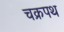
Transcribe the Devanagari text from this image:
चक्रपथ